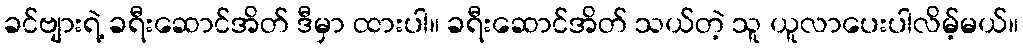
ခင်ဗျားရဲ့ ခရီးဆောင်အိတ် ဒီမှာ ထားပါ။ ခရီးဆောင်အိတ် သယ်တဲ့ သူ ယူလာပေးပါလိမ့်မယ်။